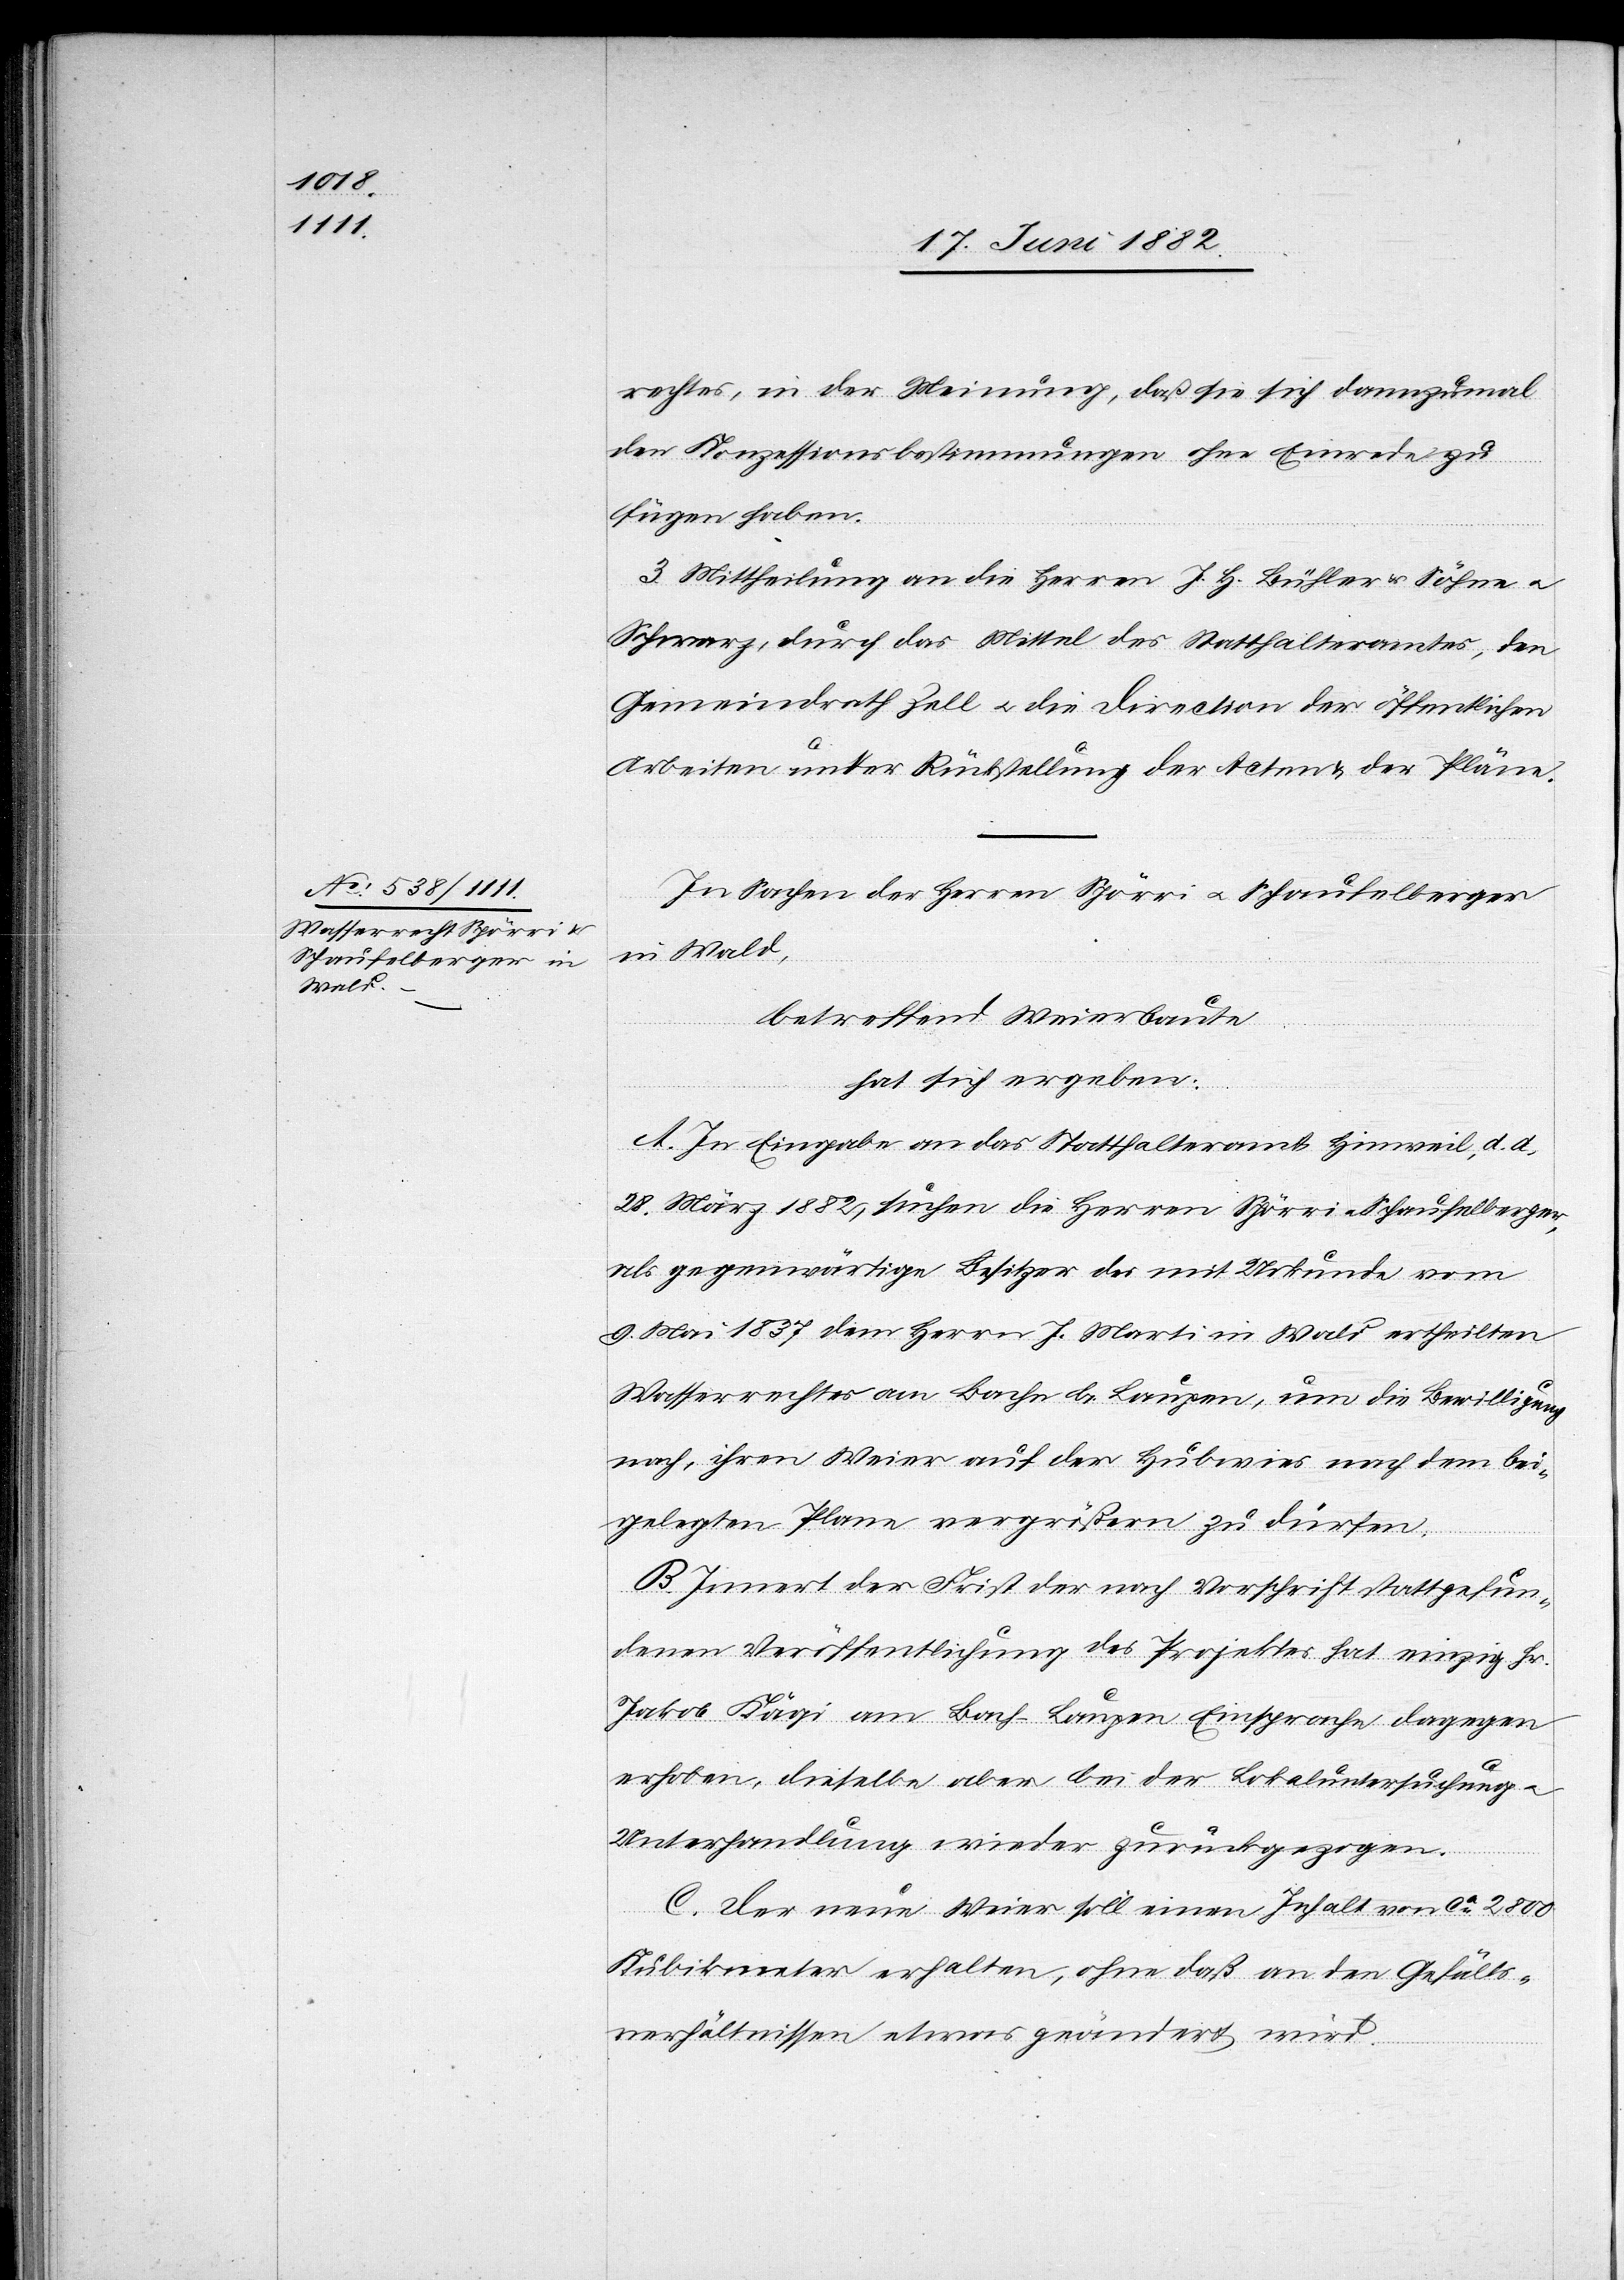
rechtes, in der Meinung, daß sie sich dannzumal
den Konzessionsbestimmungen ohne Einrede zu
fügen haben.
3. Mittheilung an die Herren J. H. Bühler u. Söhne u.
Schwarz, durch das Mittel des Statthalteramtes, den
Gemeindrath u. die Direction der öffentlichen
Arbeiten unter Rückstellung der Acten & der Pläne.
In Sachen der Herren Spörri u. Schaufelberger
in Wald,
hat sich ergeben:
A. In Eingabe an das Statthalteramt Hinweil, d. d.
28. März 1882, suchen die Herren Spörri u. Schaufelberger,
als gegenwärtige Besitzer des mit Urkunde vom
9. Mai 1837 dem Herrn J. Marti in Wald ertheilten
Wasserrechtes am Bach b. Laupen, um die Bewilligung
nach, ihren Weier auf der Hubwies nach dem bei¬
gelegten Plane vergrößern zu dürfen.
B. Innert der Frist der nach Vorschrift stattgefun¬
denen Veröffentlichung des Projektes hat einzig Hr.
Jakob Kägi am Bach - Laupen Einsprache dagegen
erhoben, dieselbe aber bei der Lokalbesichtigung u.
Unterhandlung wieder zurückgezogen.
C. Der neue Weier soll einen Inhalt von ca 2800
Kubikmeter erhalten, ohne daß an den Gefälls¬
verhältnissen etwas geändert wird.